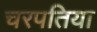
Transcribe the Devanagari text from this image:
चरपतिया